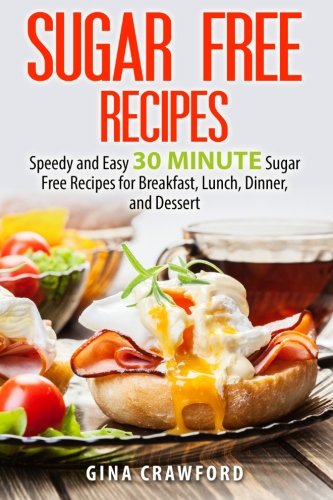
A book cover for Sugar Free Recipes: Speedy and Easy 30 MINUTE Sugar Free Recipes for Breakfast, Lunch, Dinner, and Dessert; Gina Crawford; Health, Fitness & Dieting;